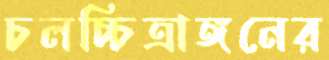
চলচ্চিত্রাঙ্গনের